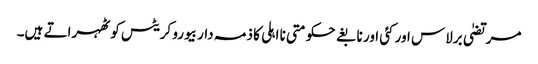
مرتضیٰ برلاس اور کئی اور نابغے حکومتی نا اہلی کا ذمہ دار بیورو کریٹس کو ٹھہراتے ہیں۔